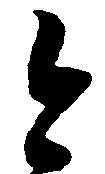
今